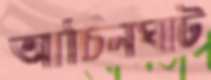
আচিনঘাট